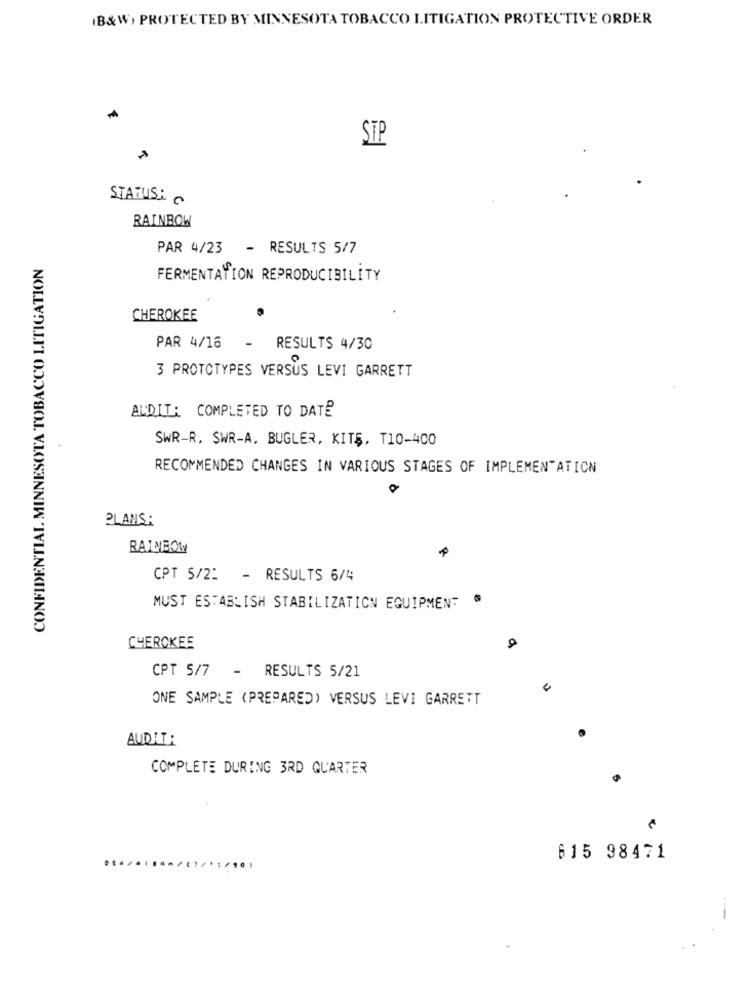
(B&W) PROTECTED BY MINNESOTA TOBACCO LITIGATION PROTECTIVE ORDER
STP
STATUS:
RAINBOW
PAR 4/23
- RESULTS 5/7
CONFIDENTIAL MINNESOTA TOBACCO LITIGATIC
FERMENTATION REPRODUCIBILITY
CHEROKEE
PAR 4/16
RESULTS 4/30
3 PROTOTYPES VERSUS LEVI GARRETT
AUDIT: COMPLETED TO DATE
SWR-R. SWR-A, BUGLER, KITŞ, T10-400
RECOMMENDED CHANGES IN VARIOUS STAGES OF IMPLEMENTATION
PLANS:
RAINBOW
CPT 5/2: - RESULTS 6/4
.
MUST ESTABLISH STABILIZATION EQUIPMENT
CHEROKEE
CPT 5/7 - RESULTS 5/21
ONE SAMPLE (PREPARED) VERSUS LEVI GARRETT
AUDIT:
COMPLETE DURING 3RD QUARTER
615 98471
..... /(1/'1/50,